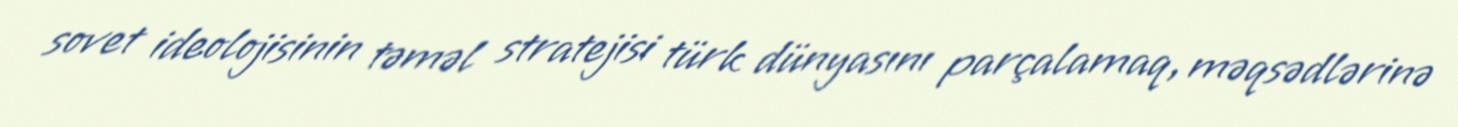
sovet ideolojisinin təməl stratejisi türk dünyasını parçalamaq, məqsədlərinə